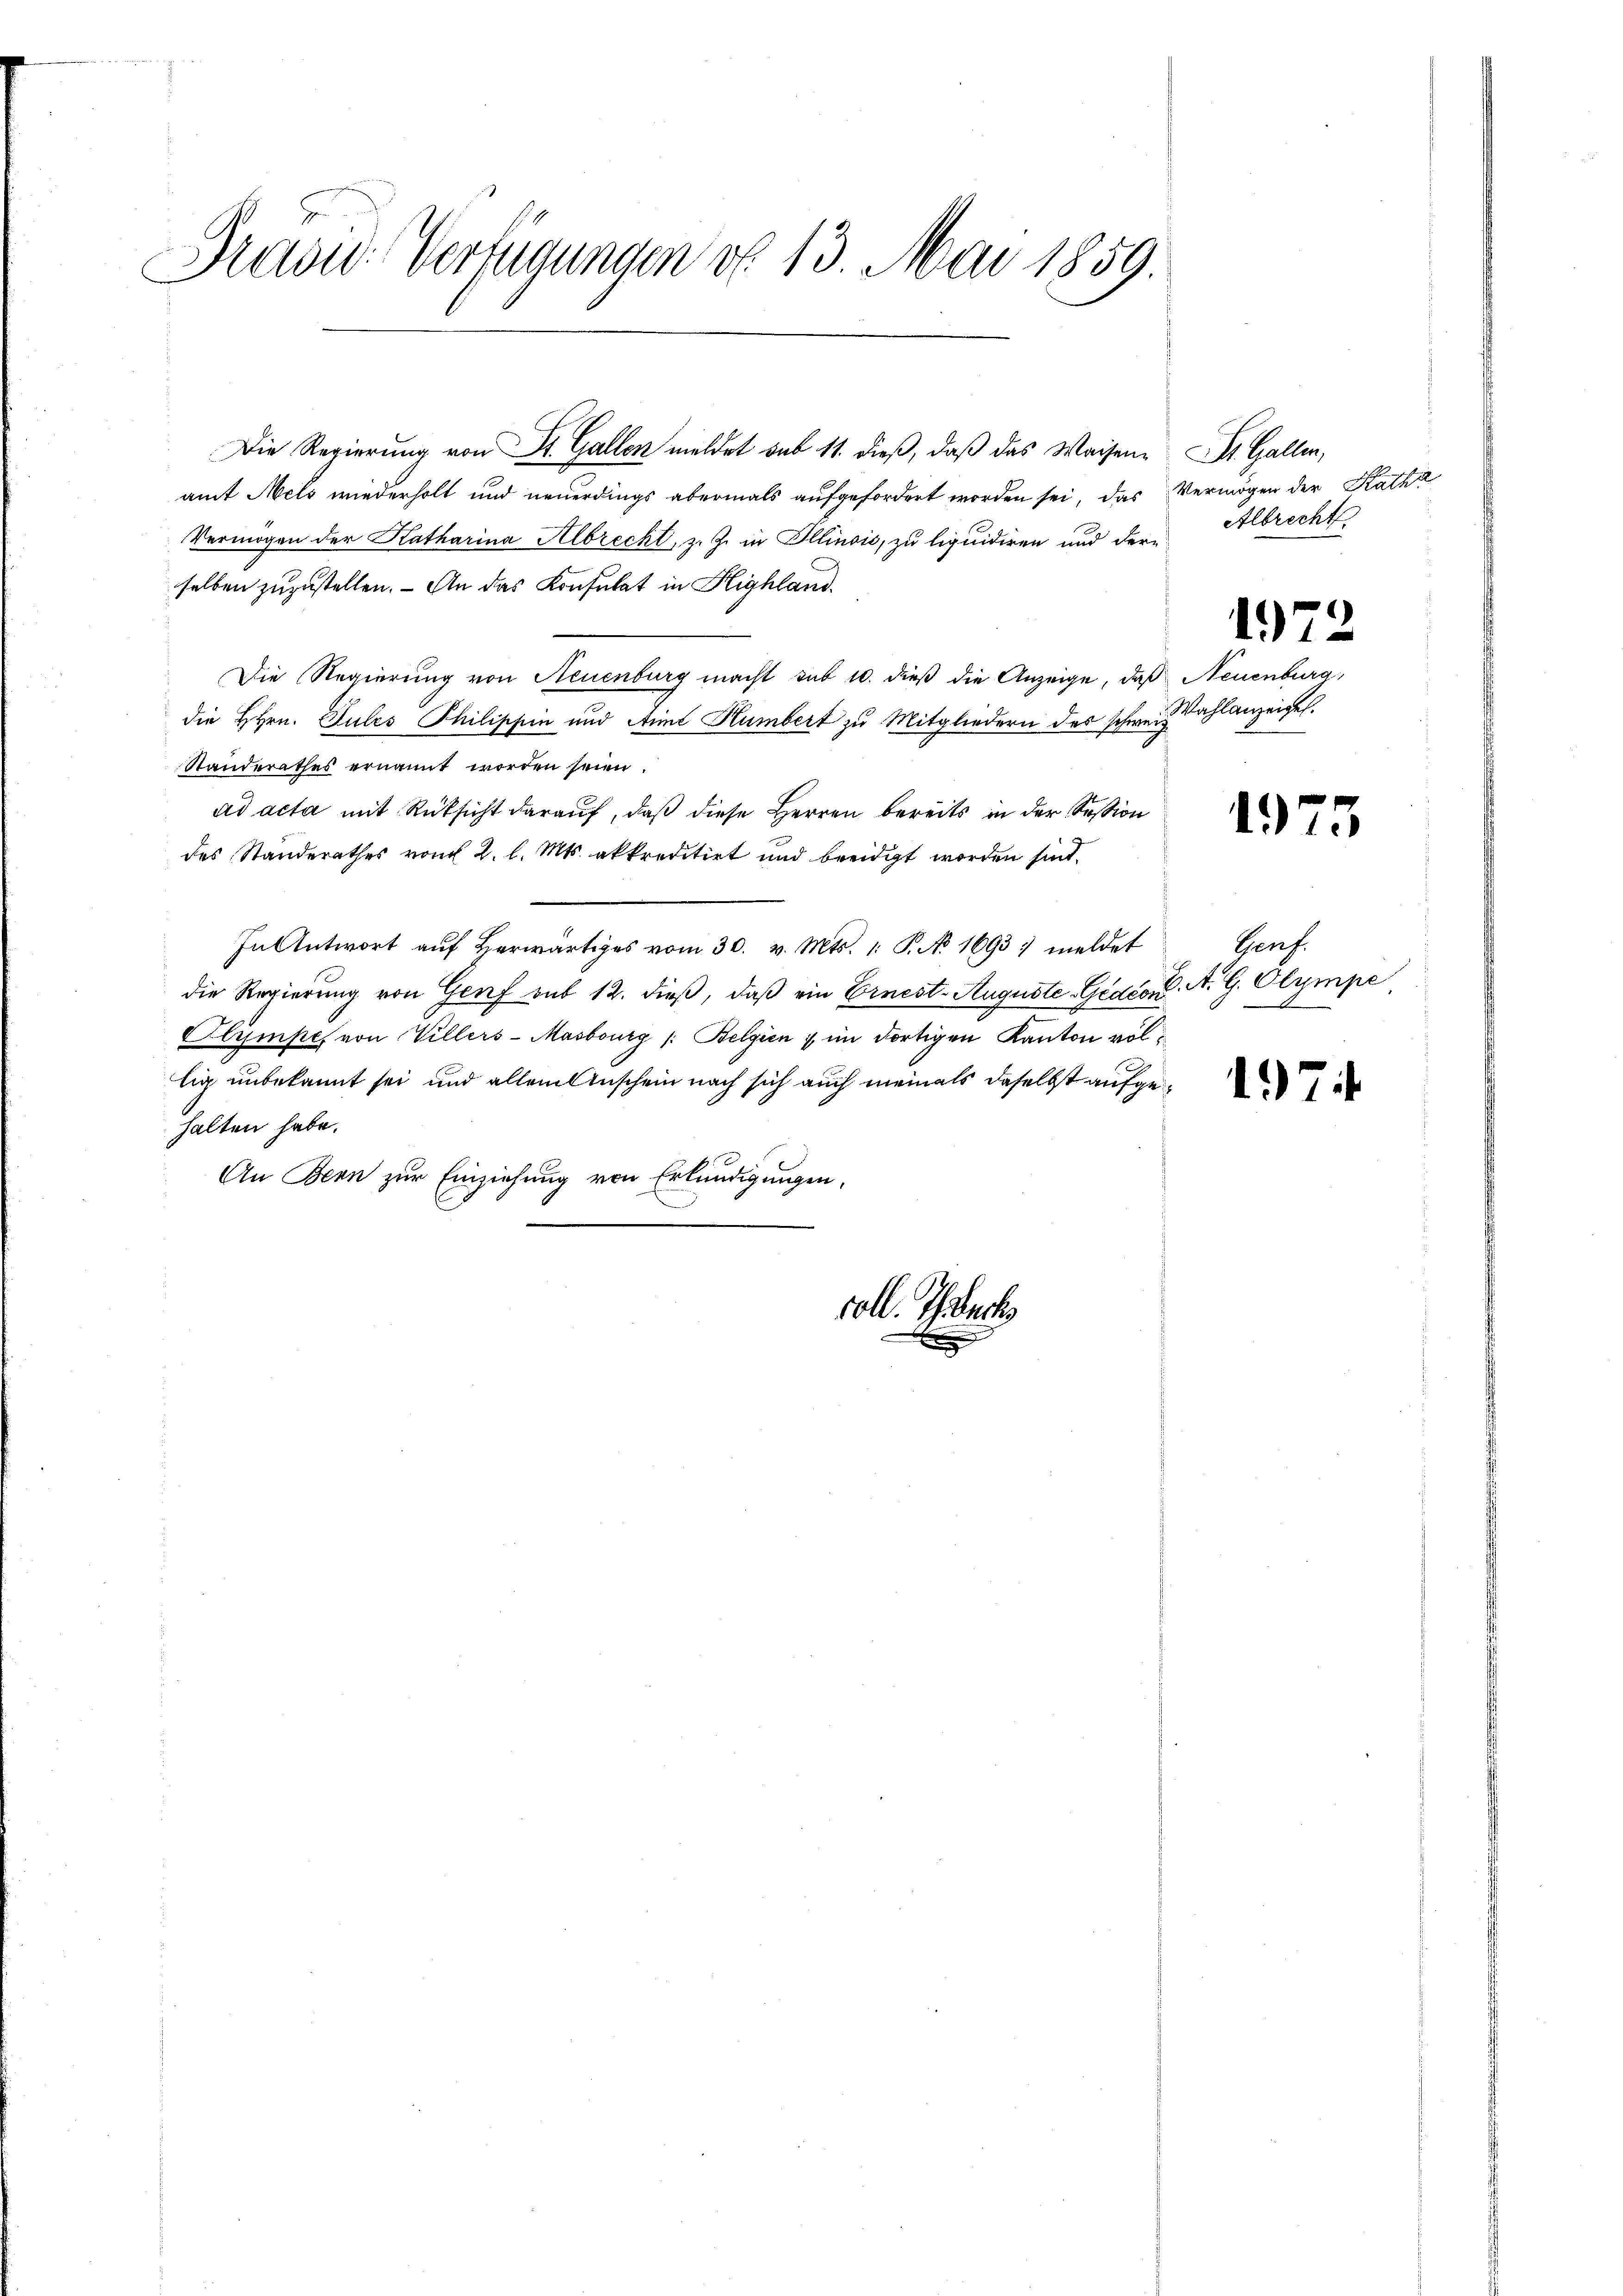
Pravić-Verfügungen d. 13. Mai 1859.

Die Regierung von St. Gallen meldet sub 11. dieß, daß das Waisenamt Mels wiederholt und neuerdings abermals aufgefordert worden sei, das
Vermögen der Katharina Albrecht, z. Z. in Illinois, zu liquidiren und dere
selben zuzustellen. - An das Konsulat in Highland.
Die Regierung von Neuenburg macht sub 10. dieß die Anzeige, daß Neuenburg,
die HHrn. Sules Philippin und Arme Humbert zu Mitgliedern des schweiz Wahlanzeigel.
Standerathes ernannt worden seien
ad acta mit Rüksicht darauf, daß diese Herren bereits in der Session
des Standerathes von 2. l. Mts. akkreditirt und beeidigt worden sind.
In Antwort aŭf herwärtiges vom 30. v. Mts. 1. P. No 1693 meldet
die Regierung von Genf sub 12. dieß, daß ein Ernest-Auguste-Gedion, A. G. Olympe
Clympe, von Willers-Masbourg /: Belgien ; im dortigen Kanton völlig unbekannt sei und allein Anschein nach sich auch niemals daselbst aufgehalten habe.
An Bern zur Einziehung von Erkundigungen,

voll. Teuch

St. Gallen,
Vermögen der Katha
Albrecht.

1972

1973

Genf.

17